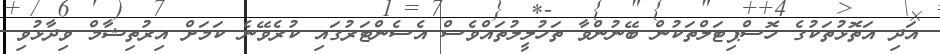
އަދި އަތޮޅުތަކުގެ ހޮސްޕިޓަލްތަކުން ބޭނުންވާ ތަހުލީލުތައްވެސް އެސެންޓަރުގައި ކުރެވޭނެ ކަމަށް އިރުތިޝާމް ވިދާޅުވި